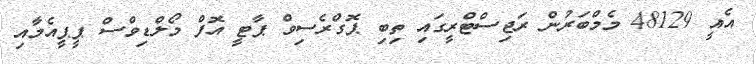
އެއީ 48129 މެމްބަރުން ރަޖިސްޓްރީގައި ތިބި ޕޮގްރެސިވް ޕާޓީ އޮފް މޯލްޑިވްސް ޕީޕީއެމާއި